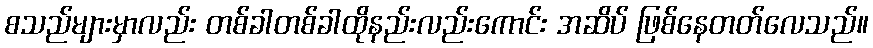
စသည်များမှာလည်း တစ်ခါတစ်ခါထိုနည်းလည်းကောင်း အဆိပ် ဖြစ်နေတတ်လေသည်။